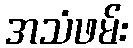
အသံဖမ်း